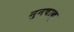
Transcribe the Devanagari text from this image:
नुनचाकू